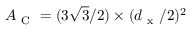
A _ { \mathrm { ~ C ~ } } = ( 3 \sqrt { 3 } / 2 ) \times ( d _ { \mathrm { ~ x ~ } } / 2 ) ^ { 2 }